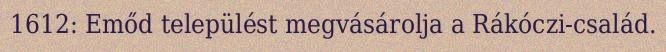
1612: Emőd települést megvásárolja a Rákóczi-család.